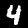
Digit: 4